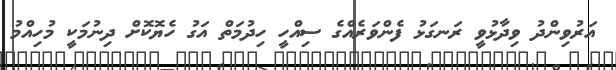
އަރުވިންދު ވިދާޅުވީ ރަނގަޅު ފެންވަރެއްގެ ސިއްހީ ހިދުމަތް އަގު ހެޔޮކޮށް ދިނުމަކީ މުހިއްމު